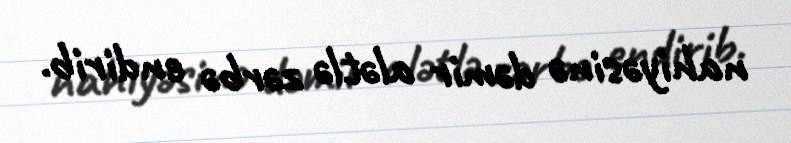
nahiyəsinə dəmir alətlə zərbə endirib.